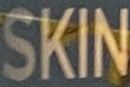
SKIN